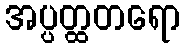
အပ္ပတ္ထတရော